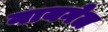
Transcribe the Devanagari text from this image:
नायगेल